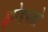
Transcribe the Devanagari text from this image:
झोडपतो